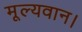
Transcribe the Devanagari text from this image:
मूल्यवान।